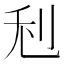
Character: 𠛦